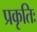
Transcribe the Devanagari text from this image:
प्रकृतिः